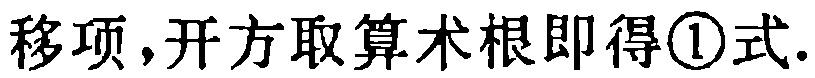
移项，开方取算术根即得\textcircled{1}式.